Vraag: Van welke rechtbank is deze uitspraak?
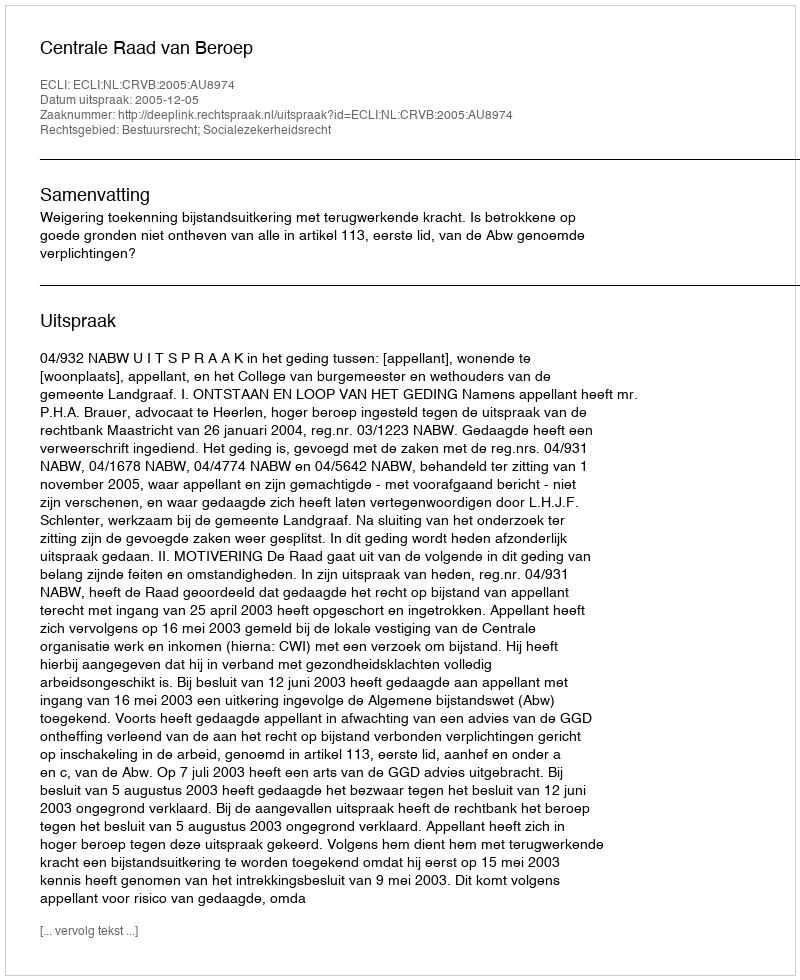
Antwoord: Centrale Raad van Beroep